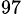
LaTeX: ^{97}